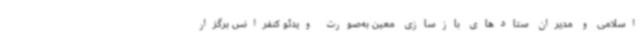
اسلامی و مدیران ستادهای بازسازی معین به‌صورت ویدئو کنفرانس برگزار